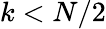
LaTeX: k<N/2